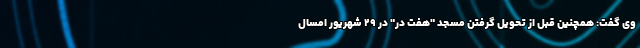
وی گفت: همچنین قبل از تحویل گرفتن مسجد "هفت در" در ۲۹ شهریور امسال